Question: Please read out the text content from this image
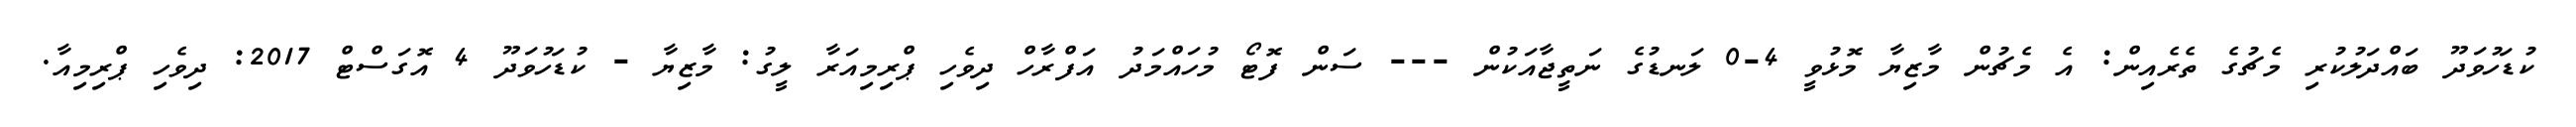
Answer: ކުޑަހުވަދޫ ބައްދަލުކުރި މެޗުގެ ތެރެއިން: އެ މެޗުން މާޒިޔާ މޮޅުވީ 4-0 ލަނޑުގެ ނަތީޖާއަކުން --- ސަން ފޮޓޯ މުހައްމަދު އަފްރާހް ދިވެހި ޕްރިމިއަރާ ލީގު: މާޒިޔާ - ކުޑަހުވަދޫ 4 އޮގަސްޓް 2017: ދިވެހި ޕްރިމިއާ.